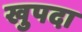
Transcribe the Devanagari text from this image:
खुपदा